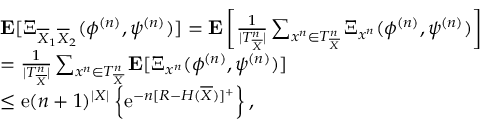
\begin{array} { r l } & { { \bf E } [ \Xi _ { \overline { { X } } _ { 1 } \overline { { X } } _ { 2 } } ( \phi ^ { ( n ) } , \psi ^ { ( n ) } ) ] = { \bf E } \left[ \frac { 1 } { | T _ { \overline { { X } } } ^ { n } | } \sum _ { { { x } ^ { n } } \in T _ { \overline { { X } } } ^ { n } } \Xi _ { { { { x } ^ { n } } } } ( \phi ^ { ( n ) } , \psi ^ { ( n ) } ) \right] } \\ & { = \frac { 1 } { | T _ { \overline { { X } } } ^ { n } | } \sum _ { { { x } ^ { n } } \in T _ { \overline { { X } } } ^ { n } } { \bf E } [ \Xi _ { { { x } ^ { n } } } ( \phi ^ { ( n ) } , \psi ^ { ( n ) } ) ] } \\ & { \leq \mathrm { e } ( n + 1 ) ^ { | { \cal X } | } \left\{ \mathrm { e } ^ { - n [ R - H ( \overline { { X } } ) ] ^ { + } } \right\} , } \end{array}